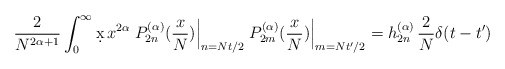
\begin{align*}\frac{2}{N^{2\alpha+1}}\int_0^\infty \d x \,x^{2\alpha}\left. P^{(\alpha)}_{2n}(\frac{x}{N})\right|_{n=Nt/2} \left. P^{(\alpha)}_{2m}(\frac{x}{N})\right|_{m=Nt'/2}= h^{(\alpha)}_{2n}\,\frac2N \delta (t-t')\end{align*}